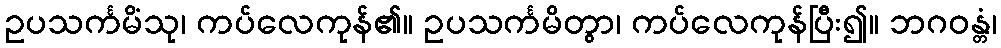
ဥပသင်္ကမိံသု၊ ကပ်လေကုန်၏။ ဥပသင်္ကမိတွာ၊ ကပ်လေကုန်ပြီး၍။ ဘဂဝန္တံ၊